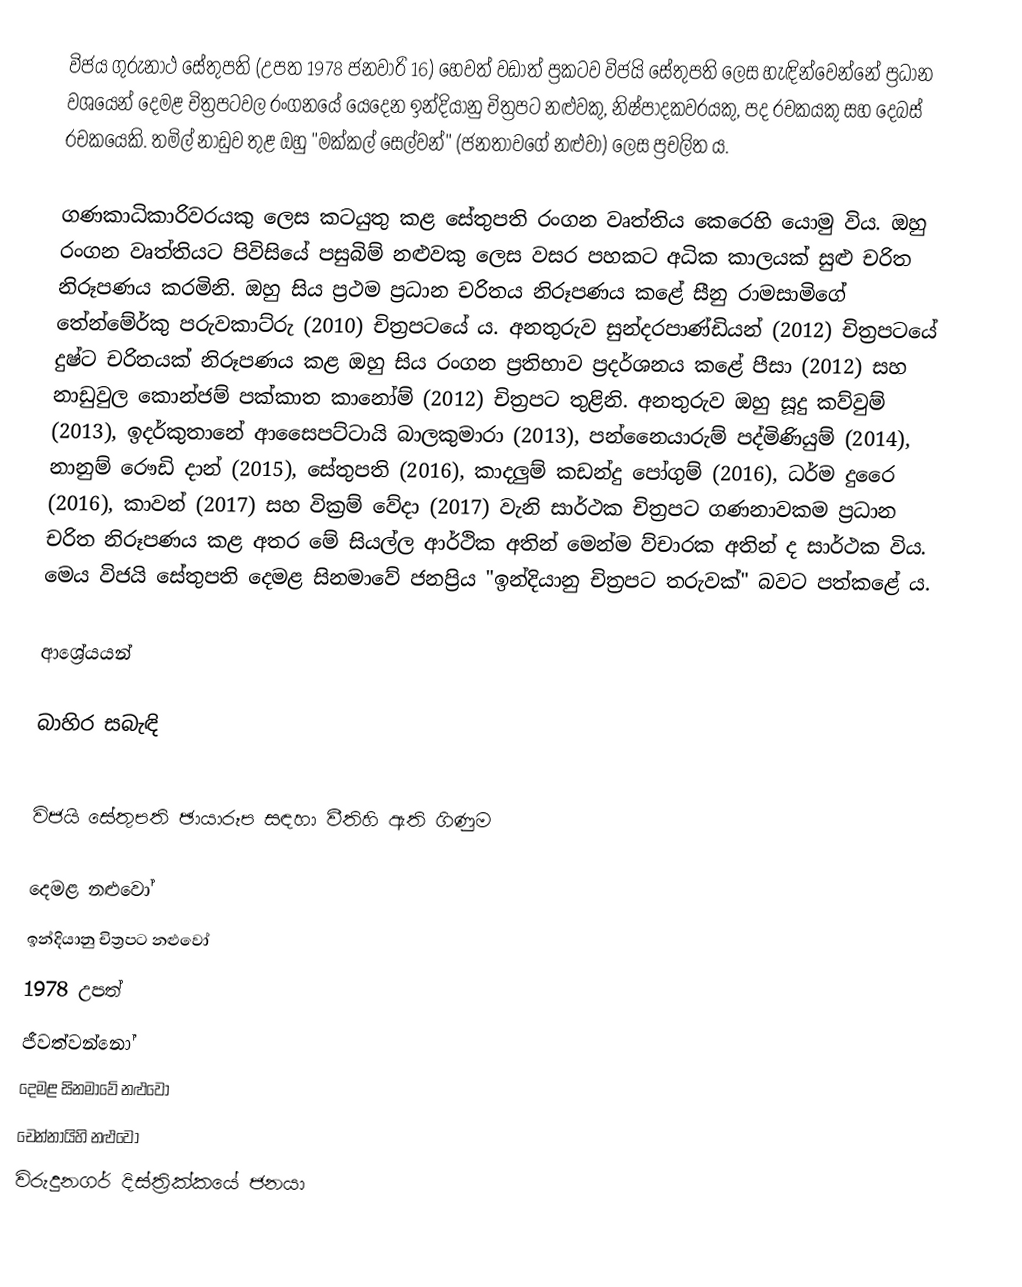
විජය ගුරුනාථ සේතුපති (උපත 1978 ජනවාරි 16) හෙවත් වඩාත් ප්‍රකටව විජයි සේතුපති ලෙස හැඳින්වෙන්නේ ප්‍රධාන වශයෙන් දෙමළ චිත්‍රපටවල රංගනයේ යෙදෙන ඉන්දියානු චිත්‍රපට නළුවකු, නිෂ්පාදකවරයකු, පද රචකයකු  සහ දෙබස් රචකයෙකි. තමිල් නාඩුව තුළ ඔහු "මක්කල් සෙල්වන්" (ජනතාවගේ නළුවා) ලෙස ප්‍රචලිත ය.

ගණකාධිකාරිවරයකු ලෙස කටයුතු කළ සේතුපති රංගන වෘත්තිය කෙරෙහි යොමු විය. ඔහු රංගන වෘත්තියට පිවිසියේ පසුබිම් නළුවකු ලෙස වසර පහකට අධික කාලයක් සුළු චරිත නිරූපණය කරමිනි. ඔහු සිය ප්‍රථම ප්‍රධාන චරිතය නිරූපණය කළේ සීනු රාමසාමිගේ තේන්මේර්කු පරුවකාට්රු (2010) චිත්‍රපටයේ ය. අනතුරුව සුන්දරපාණ්ඩියන් (2012) චිත්‍රපටයේ දුෂ්ට චරිතයක් නිරූපණය කළ ඔහු සිය රංගන ප්‍රතිභාව ප්‍රදර්ශනය කළේ පීසා (2012) සහ නාඩුවුල කොන්ජම් පක්කාත කානෝම් (2012) චිත්‍රපට තුළිනි. අනතුරුව ඔහු සූදු කව්වුම් (2013), ඉදර්කුතානේ ආසෛපට්ටායි බාලකුමාරා (2013), පන්නෛයාරුම් පද්මිණියුම් (2014), නානුම් රෞඩි දාන් (2015), සේතුපති (2016), කාදලුම් කඩන්දු පෝගුම් (2016), ධර්ම දුරෛ (2016), කාවන් (2017) සහ වික්‍රම් වේදා (2017) වැනි සාර්ථක චිත්‍රපට ගණනාවකම ප්‍රධාන චරිත නිරූපණය කළ අතර මේ සියල්ල ආර්ථික අතින් මෙන්ම ව්චාරක අතින් ද සාර්ථක විය. මෙය විජයි සේතුපති දෙමළ සිනමාවේ ජනප්‍රිය "ඉන්දියානු චිත්‍රපට තරුවක්" බවට පත්කළේ ය.

ආශ්‍රේයයන්

බාහිර සබැඳි

 විජයි සේතුපති ඡායාරූප සඳහා වීතිහි ඇති ගිණුම

දෙමළ නළුවෝ
ඉන්දියානු චිත්‍රපට නළුවෝ
1978 උපත්
ජීවත්වන්නෝ
දෙමළ සිනමාවේ නළුවෝ
චෙන්නායිහි නළුවෝ
විරුදුනගර් දිස්ත්‍රික්කයේ ජනයා